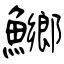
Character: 鱜